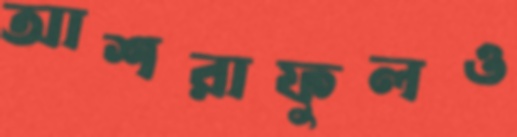
আশরাফুলও